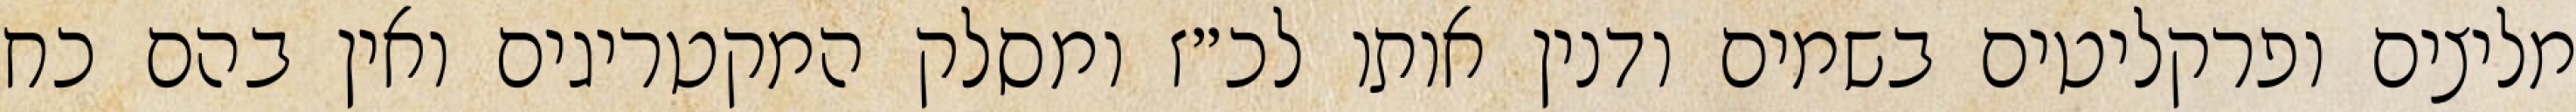
מליצים ופרקליטים בשמים ודנין אותו לכ״ז ומסלק המקטריגים ואין בהם כח